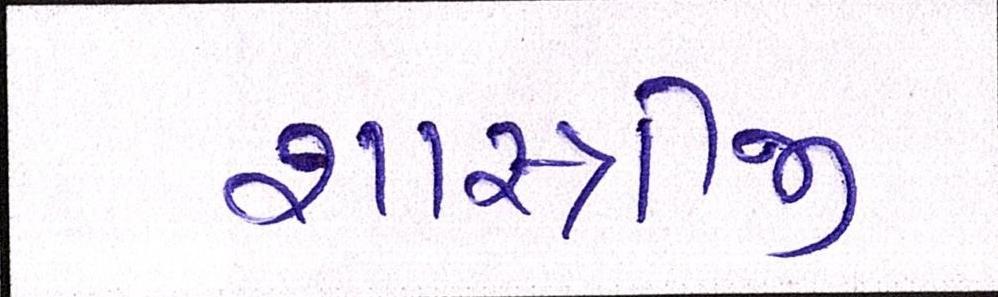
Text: શાસ્ત્રીજી